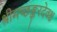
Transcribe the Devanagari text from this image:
श्रीमच्छङ्करदेवश्च